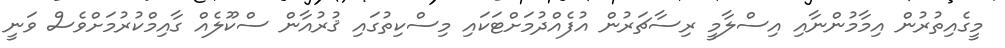
މީގެއިތުރުން އިމާމުންނާއި އިސްލާމީ ރިސާޗަރުން އުފެއްދުމަށްޓަކައި މިސްކިތުގައި ޤުރުއާން ސްކޫލެއް ގާއިމްކުރުމަށްވެސް ވަނީ